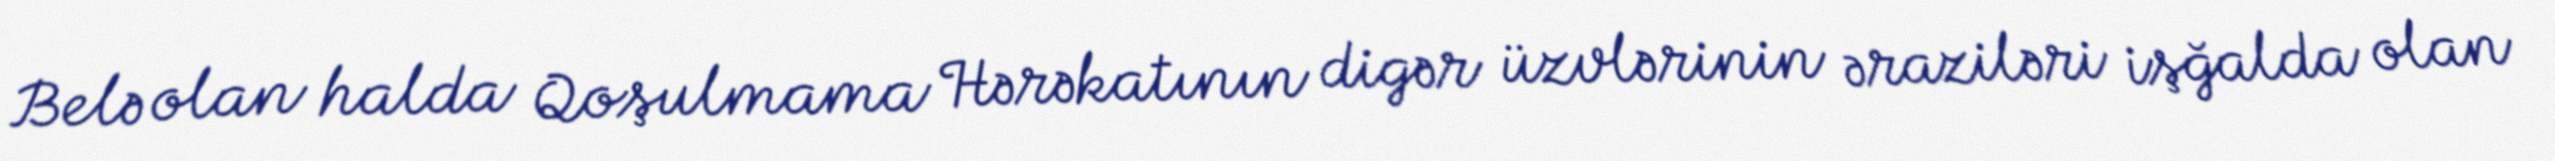
Belə olan halda Qoşulmama Hərəkatının digər üzvlərinin əraziləri işğalda olan